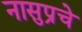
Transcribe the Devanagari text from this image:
नासुप्रचे